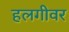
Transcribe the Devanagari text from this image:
हलगीवर